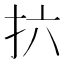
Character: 𫼚